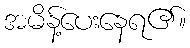
အမိန့်ပေးနေရ၏။